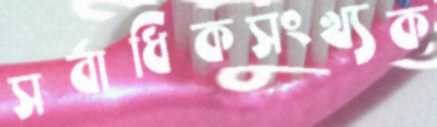
সর্বাধিকসংখ্যক